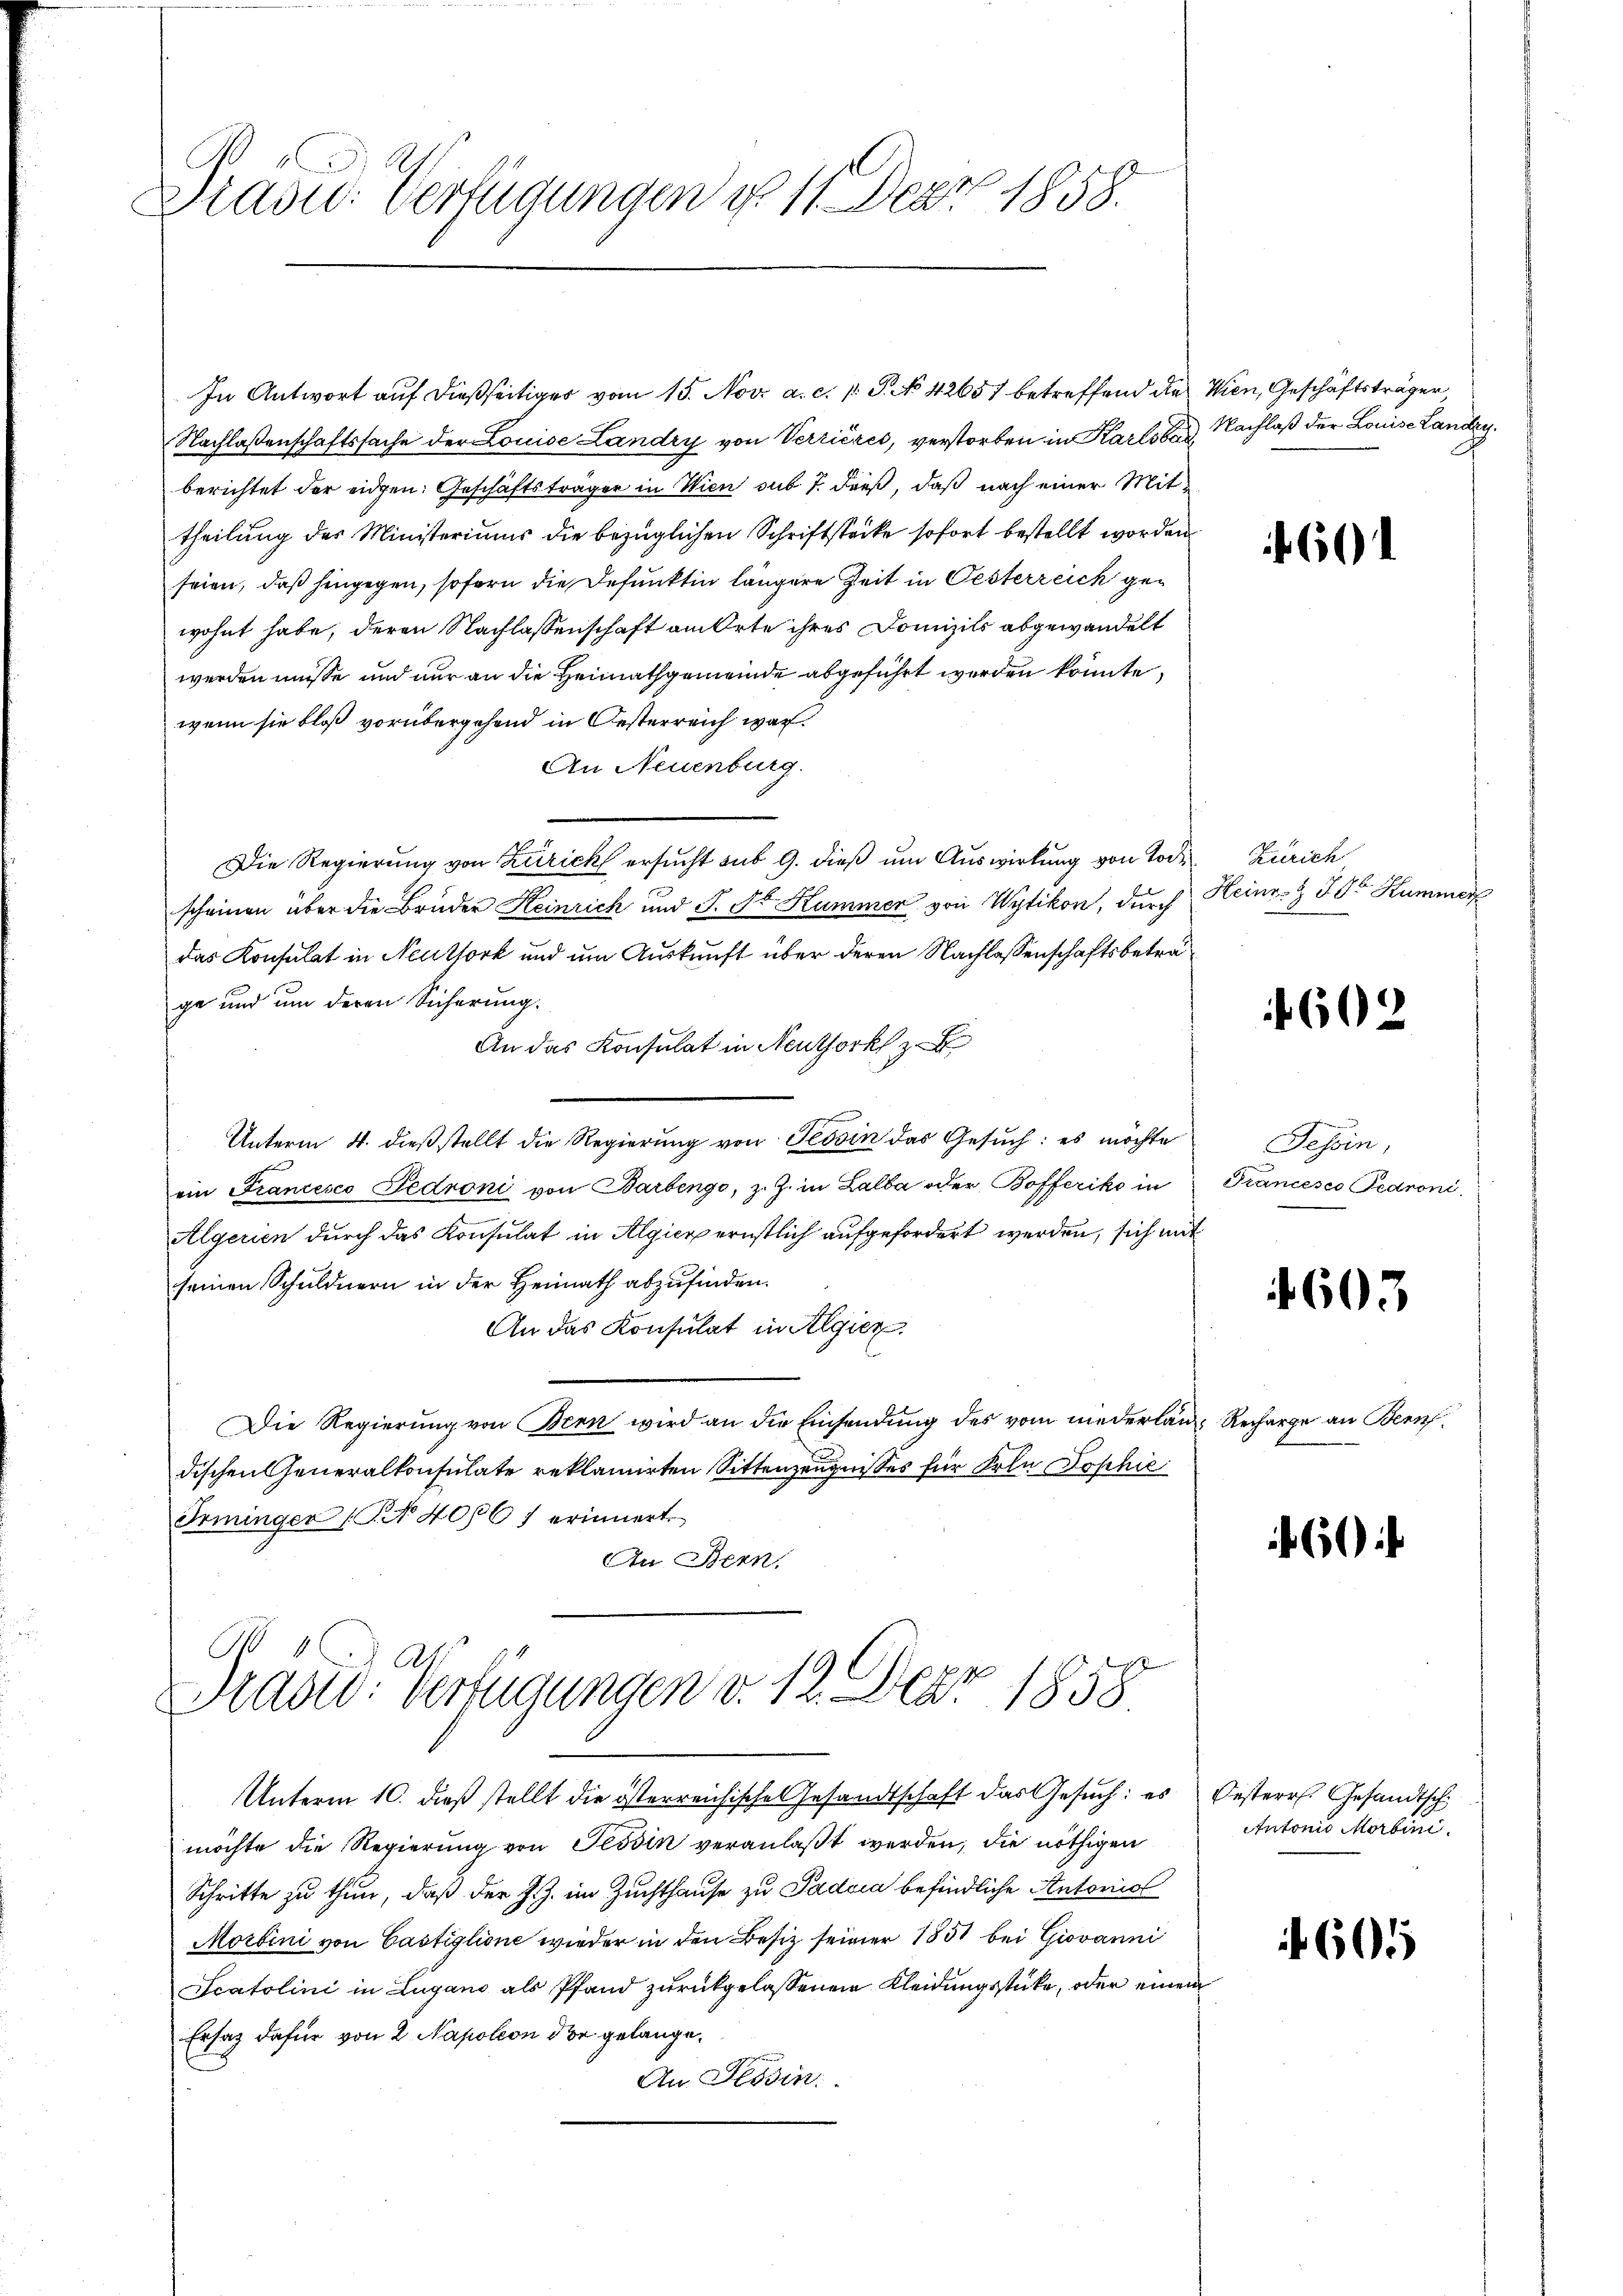
Drasid. Verfügungen d. 11. Der 1858.

In Antwort auf dießseitiges vom 15. Nov. a. c. p. P. No 42657 betreffend die Wien, Geschäftsträger,
Nachlaßenschaftssache der Louise Landry von Verrières, verstorben in Karlsbad, Nachlaß der Louise Landryberichtet der eidgen: Geschäftsträger in Wien sub 7. dieß, daß nach einer Mittheilung des Ministeriums die bezüglichen Schriftstöcke sofort bestellt worden
seien, daß hingegen, sofern die Befunkten längere Zeit in Oesterreich gewohnt habe, deren Nachlassenschaft am Orte ihres Domizils abgewandelt
werden müsse und nur an die Heimathgemeinde abgeführt werden könnte.
wenn sie bloß vorübergehend in Oesterreich war.
An Neuenburg.
Die Regierung von Zürich ersucht sub 9. dieß um Auswirkung von Todscheinen über die Bruder Heinrich und J. St. Kummer von Wytikon, durch
das Konsulat in Neuthork und um Auskunft über deren Nachlassenschaftsbeträge und um deren Sicherung.
An das Konsulat in Neuthork z
Unterm 4. dieß stellt die Regierung von Tessin das Gesuch: es möchte
ein Franzesco Pedroni von Barbenge, z. Z. in Lalba oder Bofferiko in
Algerien durch das Konsulat in Algier ernstlich aufgefordert werden, sich mit
seinen Schuldnern in der Heimath abzufinden.
An das Konsulat in Algier
Die Regierung von Bern wird an die Einsendung des vom niederlang Recharge an Beruf
dischen Generalkonsulate reklamirten Sittenzeugnisses für Frl. Sophie
Irminger (§ 4000 f erinnert.
An Bern,
Prast. Verfügungen v. 12. Dar 1858
Unterm 10. dieß stellt die österreichische Gesandtschaft das Gesuch: es Oesterr. Gesandtsch
möchte die Regierung von Tessin veranlaßt werden, die nöthigen
Schritte zu thun, daß der J. J. im Zuchthause zu Padria befindliche Antoniol
Morbini von Castiglione wieder in den Besitz seiner 1851 bei Giovanni
Scatolini in Lugano als Pfand zurückgelassenen Kleidungsstücke, oder einen
Ersatz dafür von 2 Napoleon der gelange¬
An Flödin.

60

Zürich
Heinr. § I. St. Kummer

602

Tessin,
Trancesco Pedroni,

603

60

Antonio Morbini

605